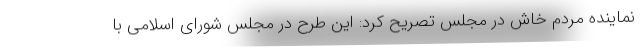
نماینده مردم خاش در مجلس تصریح کرد: این طرح در مجلس شورای اسلامی با